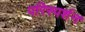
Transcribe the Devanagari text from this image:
परिस्‍पर्शन